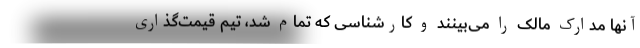
آنها مدارک مالک را می‌بینند و کارشناسی که تمام شد، تیم قیمت‌گذاری